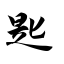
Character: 匙